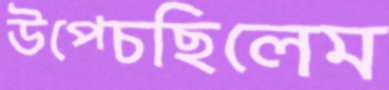
উপ্‌চেছিলেম